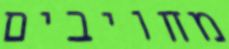
מחויבים